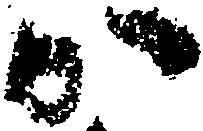
か